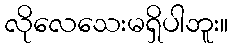
လိုလေသေးမရှိပါဘူး။